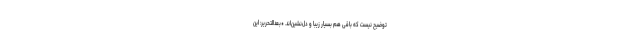
توضیح نیست که باقی هم بسیار زیبا و دل‌نشین‌اند. *بعد‌التحریر: این